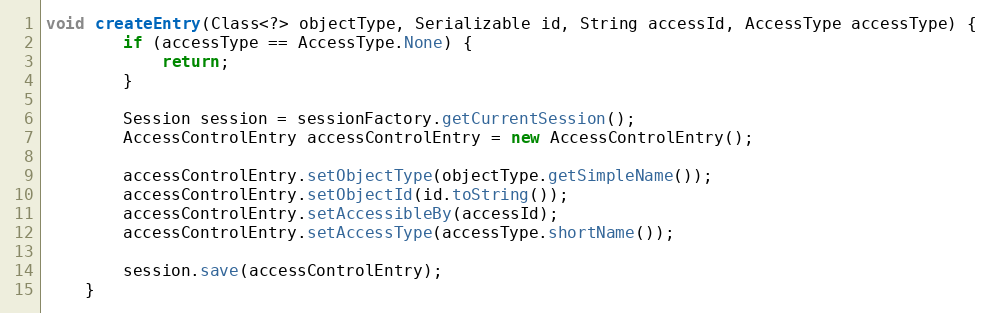
Language: Java
void createEntry(Class<?> objectType, Serializable id, String accessId, AccessType accessType) {
        if (accessType == AccessType.None) {
            return;
        }

        Session session = sessionFactory.getCurrentSession();
        AccessControlEntry accessControlEntry = new AccessControlEntry();

        accessControlEntry.setObjectType(objectType.getSimpleName());
        accessControlEntry.setObjectId(id.toString());
        accessControlEntry.setAccessibleBy(accessId);
        accessControlEntry.setAccessType(accessType.shortName());

        session.save(accessControlEntry);
    }